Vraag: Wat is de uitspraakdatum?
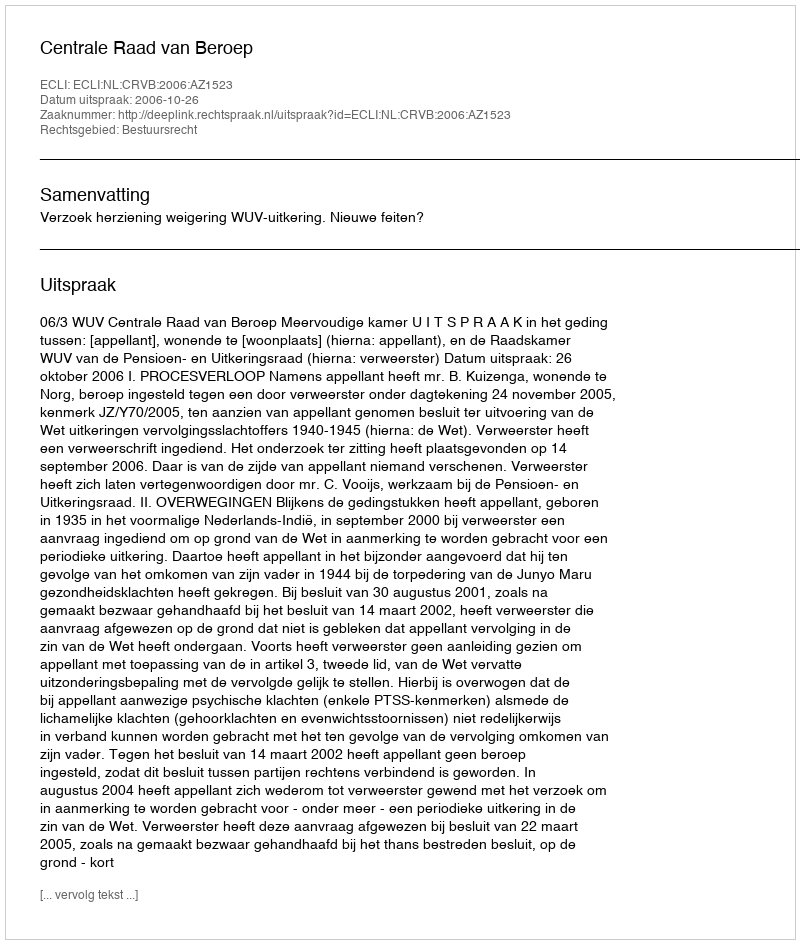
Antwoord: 2006-10-26